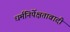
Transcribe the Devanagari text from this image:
धर्मनिर्पेक्षतावादी